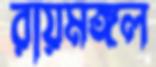
রায়মঙ্গল